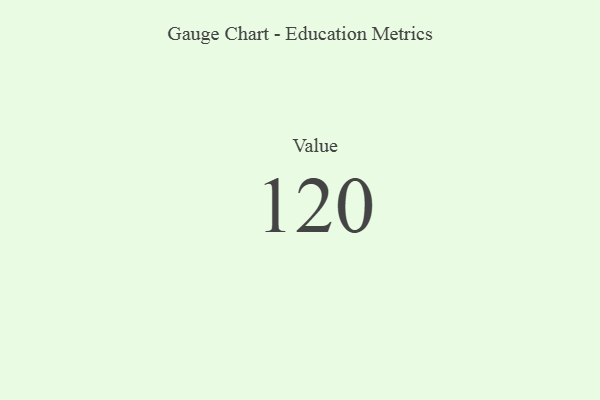
{"axis": {"x": "Metric", "y": "Value"}, "legend": [""], "data": [{"x": "Value", "y": 120, "type": ""}]}